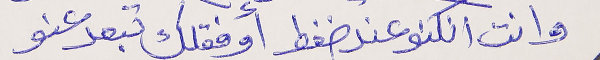
وانت انكنو عند ضغط أوفقلك تبعد عنو